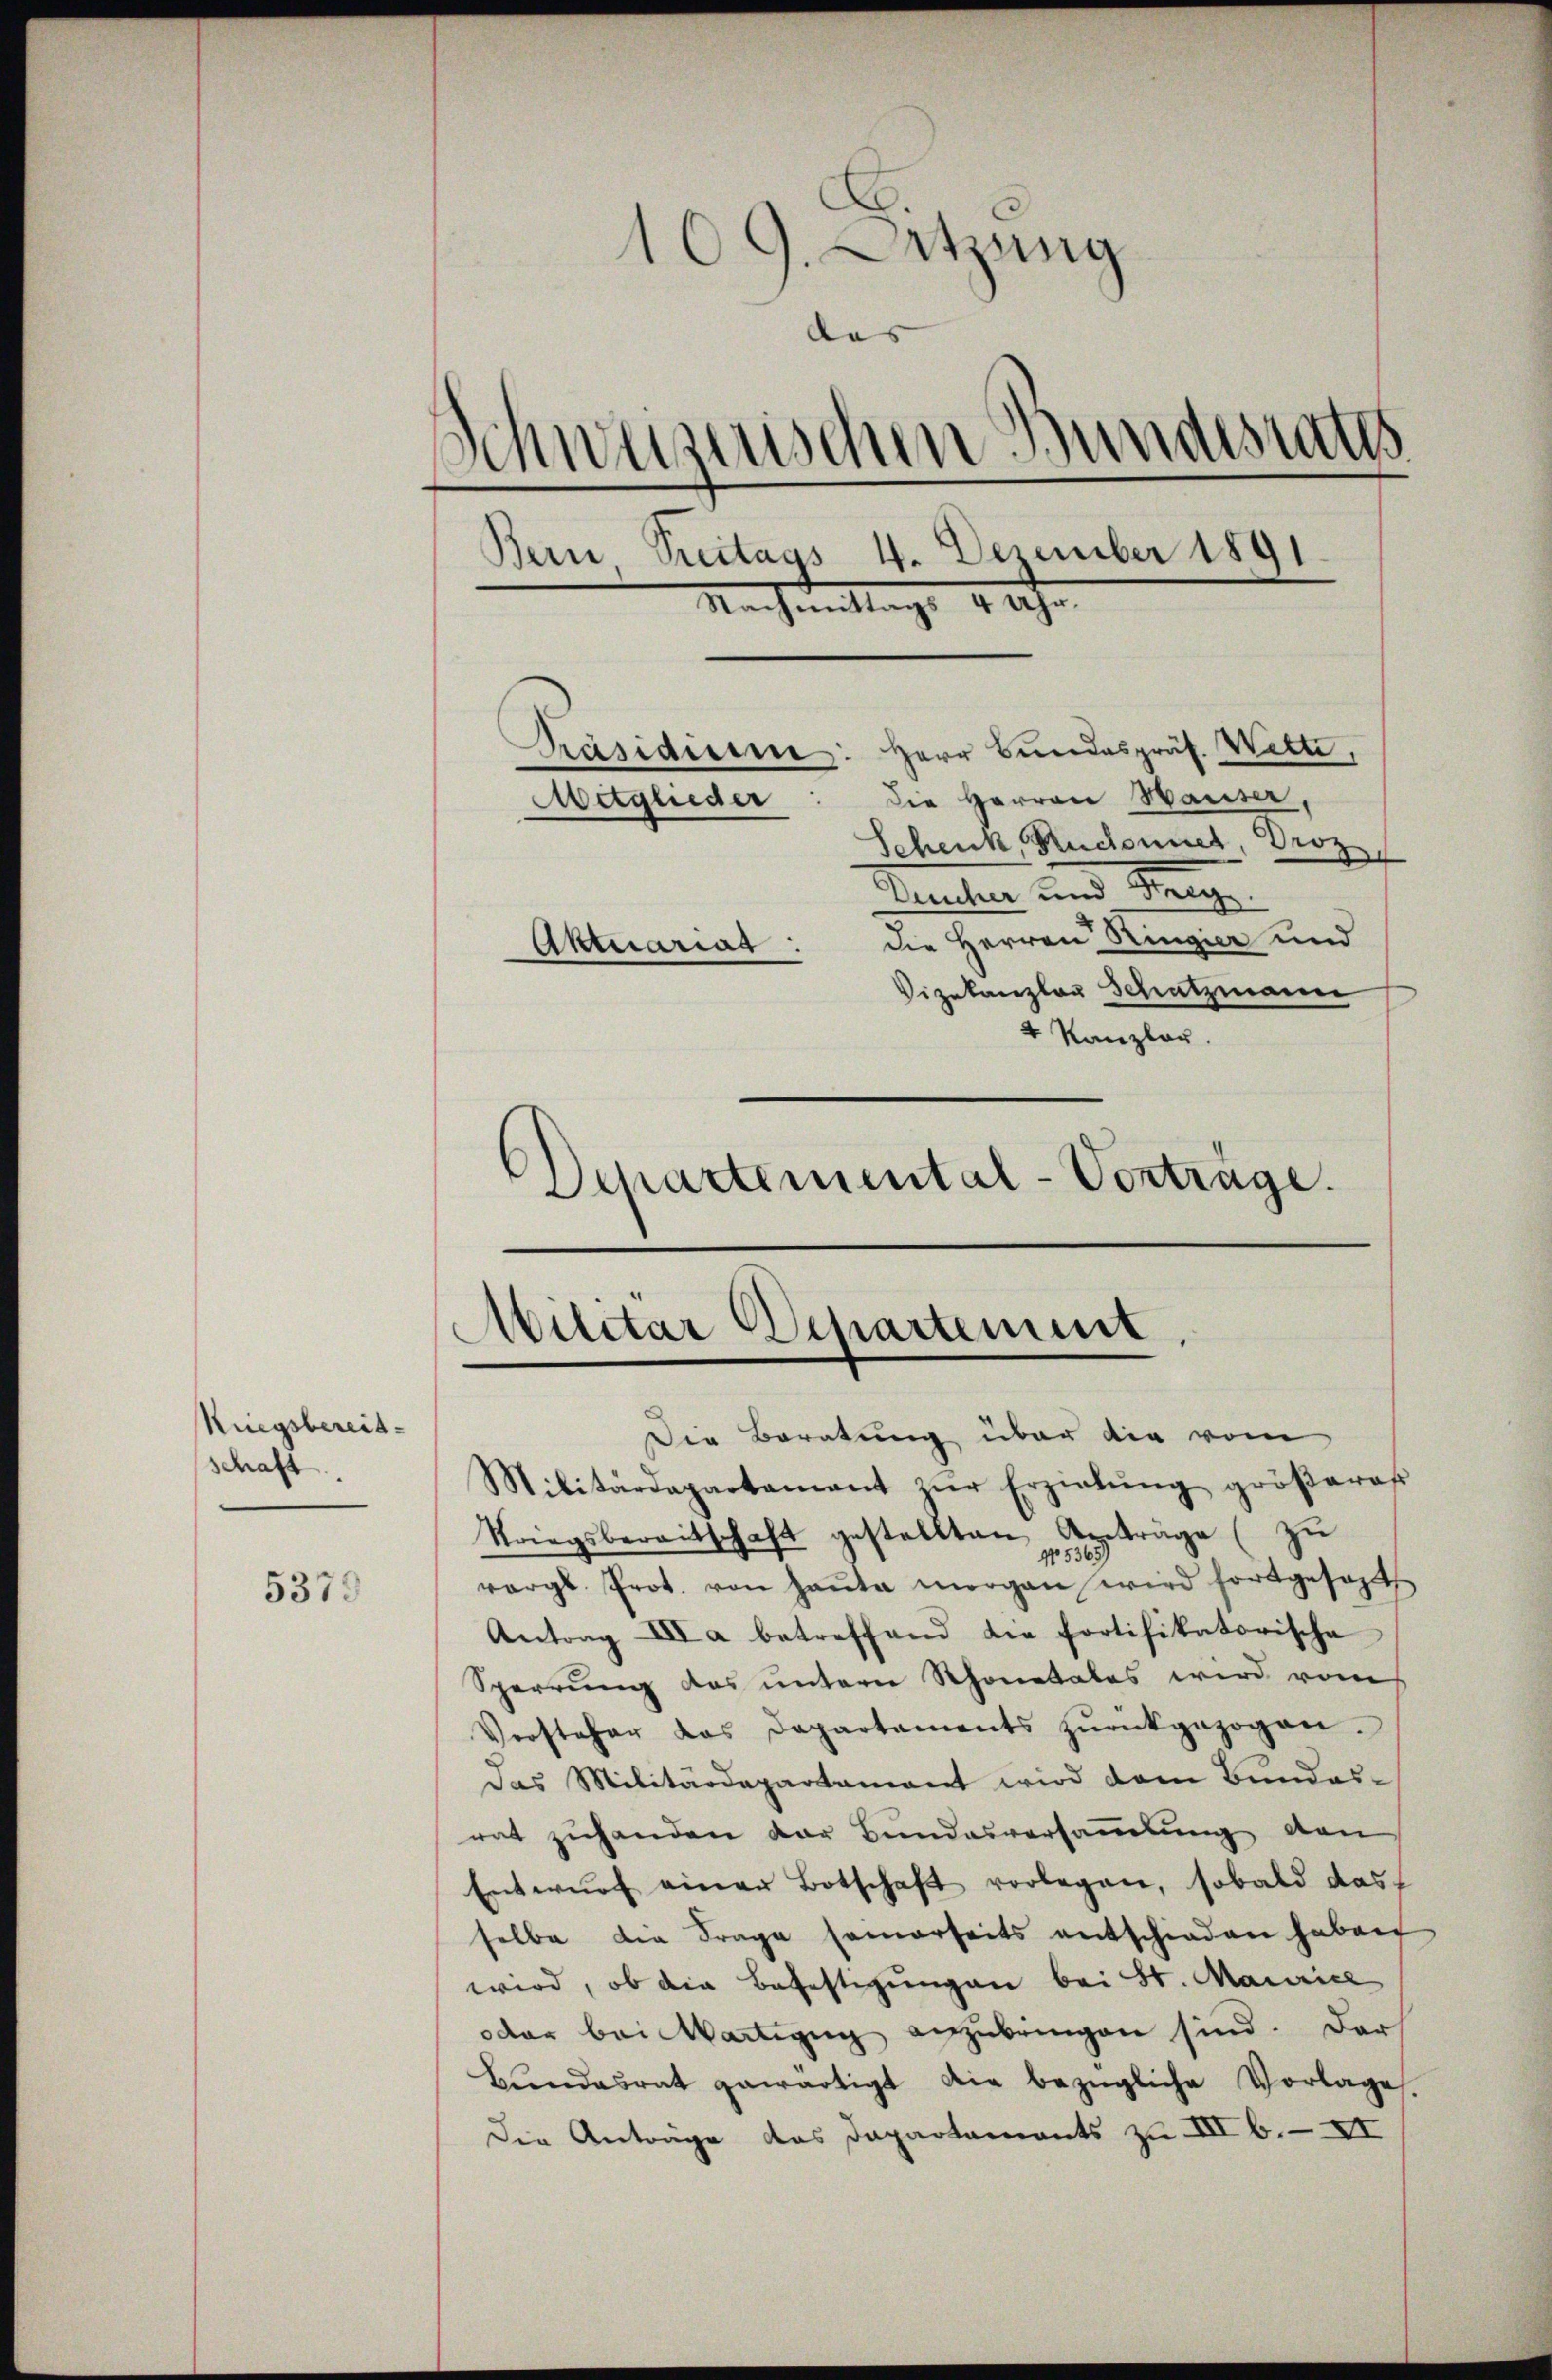
Kriegsbereitschaft.

5379

E
109. Setzung
das |
Schweizerischen Bundesraths
Bern, Treitags 4. Dezember 1891.
Nachmittags 9 Uhr.
Präsidium: Herr Bundespräs. Wilte,
die Herren Waiser,
Mitglieder
Schenk Ruchornet, Droz
Demten und Sieg
Aktuariat : die Herren Ringier und
Vizekanzlar Schatzmann

4 Kanzlau.
d
Schartemental-Vorträge.

Militar Departement,

Die Beratung über die vom
Militärdepartamant zŭr Erziehŭng gröβeres
Striegsbereitschaft gestellten Anträge (zu
No 53651
vergl. Prot. von Haŭte morgen wird fortgesezt
Antrag III a betreffend die Portifikatorische
Sperrung des untern Schonetales wird vom
Vorsteher das Departaments zŭrückgezogen.
Das Militärdepartament wird dem Bundes-
rat zŭhanden der Bundesversammlung den
Entwŭrf einer Botschaft vorlegen, sobald das
selbe die Frage samerseits entschieden haben
wird, ob die Befestigungen bei St. Mariel
oder bei Wartieng anzubringen sind. Der
Bŭndesrat gewärtigt die bezügliche Vorlage
Die Antrage das Departements zu III 6. XI